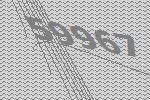
59967